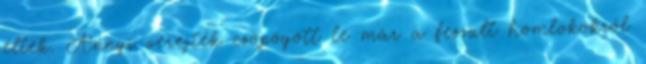
éltek. Annyi verejték csöpögött le már a feszült homlokokról